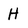
Character: H